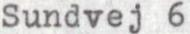
Sundvej 6